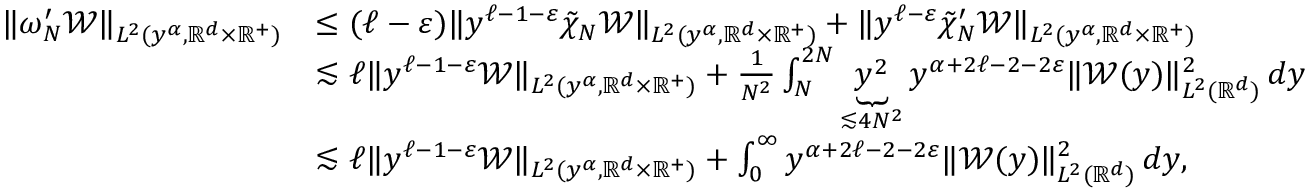
\begin{array} { r l } { \| \omega _ { N } ^ { \prime } \mathcal { W } \| _ { L ^ { 2 } ( y ^ { \alpha } , \mathbb { R } ^ { d } \times \mathbb { R } ^ { + } ) } } & { \leq ( \ell - \varepsilon ) \| y ^ { \ell - 1 - \varepsilon } \tilde { \chi } _ { N } \mathcal { W } \| _ { L ^ { 2 } ( y ^ { \alpha } , \mathbb { R } ^ { d } \times \mathbb { R } ^ { + } ) } + \| y ^ { \ell - \varepsilon } \tilde { \chi } _ { N } ^ { \prime } \mathcal { W } \| _ { L ^ { 2 } ( y ^ { \alpha } , \mathbb { R } ^ { d } \times \mathbb { R } ^ { + } ) } } \\ & { \lesssim \ell \| y ^ { \ell - 1 - \varepsilon } \mathcal { W } \| _ { L ^ { 2 } ( y ^ { \alpha } , \mathbb { R } ^ { d } \times \mathbb { R } ^ { + } ) } + \frac { 1 } { N ^ { 2 } } \int _ { N } ^ { 2 N } { \underbrace { y ^ { 2 } } _ { \lesssim 4 N ^ { 2 } } y ^ { \alpha + 2 \ell - 2 - 2 \varepsilon } \| \mathcal { W } ( y ) \| _ { L ^ { 2 } ( \mathbb { R } ^ { d } ) } ^ { 2 } \, d y } } \\ & { \lesssim \ell \| y ^ { \ell - 1 - \varepsilon } \mathcal { W } \| _ { L ^ { 2 } ( y ^ { \alpha } , \mathbb { R } ^ { d } \times \mathbb { R } ^ { + } ) } + \int _ { 0 } ^ { \infty } { y ^ { \alpha + 2 \ell - 2 - 2 \varepsilon } \| \mathcal { W } ( y ) \| _ { L ^ { 2 } ( \mathbb { R } ^ { d } ) } ^ { 2 } \, d y } , } \end{array}